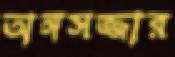
অঙ্গসজ্জার